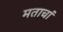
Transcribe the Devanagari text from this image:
मताचां